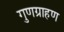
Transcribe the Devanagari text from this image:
गुणग्राहण